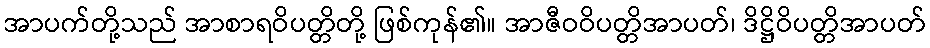
အာပက်တို့သည် အာစာရဝိပတ္တိတို့ ဖြစ်ကုန်၏။ အာဇီဝဝိပတ္တိအာပတ်၊ ဒိဋ္ဌိဝိပတ္တိအာပတ်